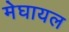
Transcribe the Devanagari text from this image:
मेघायल